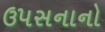
ઉ૫સનાનો